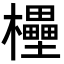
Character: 𣠠